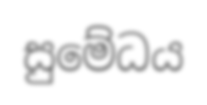
සුමේධය